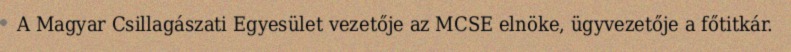
A Magyar Csillagászati Egyesület vezetője az MCSE elnöke, ügyvezetője a főtitkár.